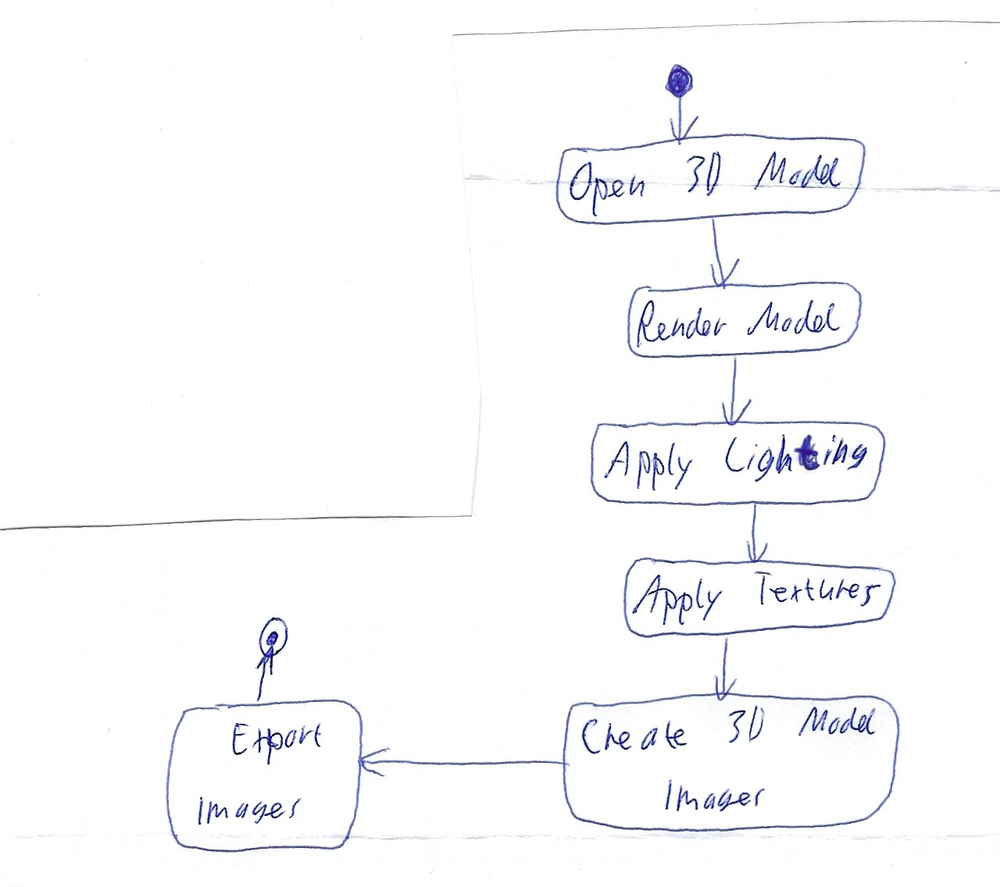
Diagram type: activity_diagram
```plantuml
@startuml

start

:Open 3D Model;

:Render Model;

:Apply Lighting;

:Apply Textures;

:Create 3D Model Images;

:Export Images;

stop

@enduml
```